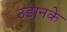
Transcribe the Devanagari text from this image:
उडानके